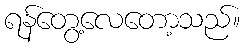
ရန်တွေ့လေတော့သည်။